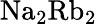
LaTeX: \mathrm{Na_{2}Rb_{2}}